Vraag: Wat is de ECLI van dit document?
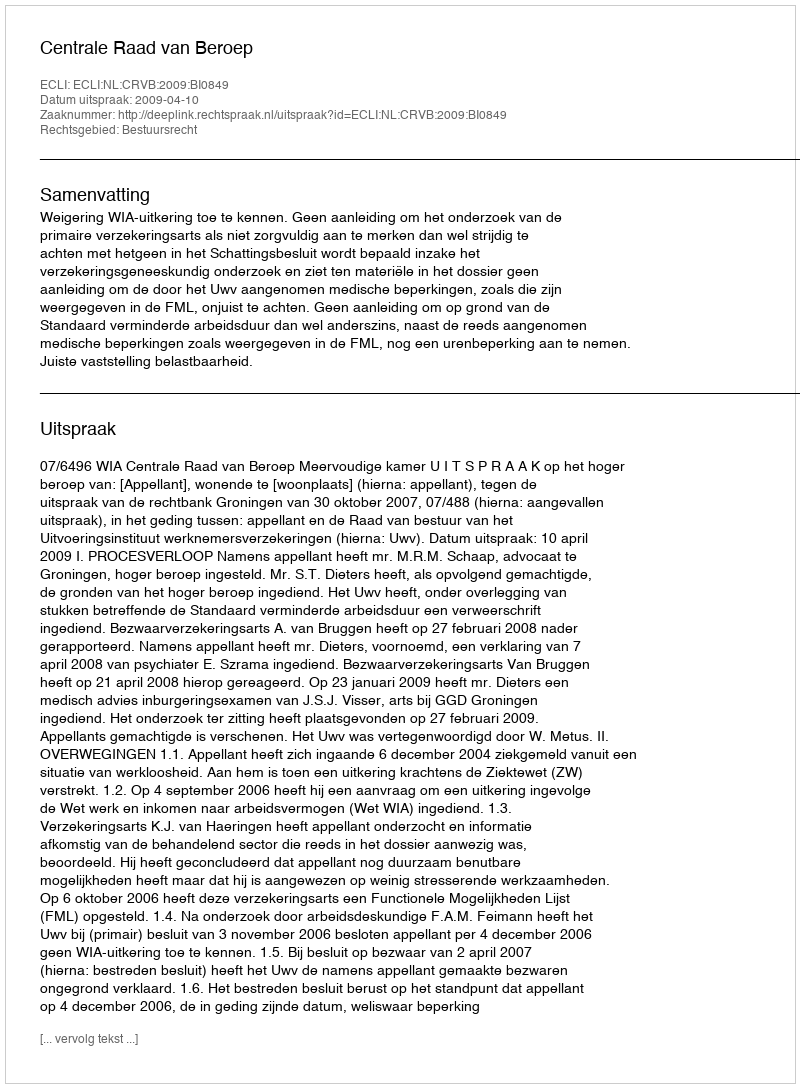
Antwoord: ECLI:NL:CRVB:2009:BI0849